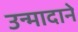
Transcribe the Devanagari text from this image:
उन्मादाने